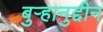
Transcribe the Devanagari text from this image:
बुऱ्हानुद्दीन